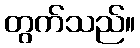
တွက်သည်။